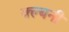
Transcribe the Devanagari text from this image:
क्ल्बनी